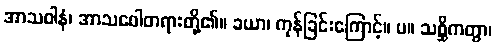
အာသဝါနံ၊ အာသဝေါတရားတို့၏။ ခယာ၊ ကုန်ခြင်းကြောင့်။ ပ။ သစ္ဆိကတွာ၊